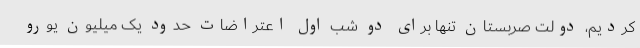
کردیم،‌ دولت صربستان تنها برای دو شب اول اعتراضات حدود یک میلیون یورو